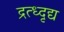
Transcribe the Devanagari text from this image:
द्रत्ध्दृद्य